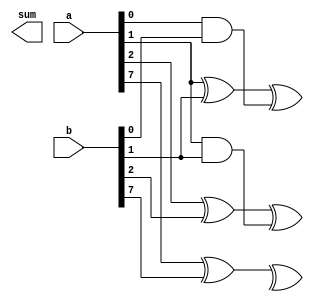
module carry_select_adder (
    input [7:0] a,
    input [7:0] b,
    output [8:0] sum
);

wire [7:0] c0;
wire [7:0] c1;
wire [7:0] c2;

assign c0 = a[0]&b[0];
assign c1 = a[1]&b[1];
assign c2 = a[2]&b[2];

// Carry-select logic
assign sum[1] = a[1]^b[1]^c0;
assign sum[2] = a[2]^b[2]^c1;
// Add more sum bits for each stage

// Look-ahead logic
assign sum[8] = a[7]^b[7]^c7;

endmodule